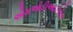
એમઓડીઆઈએસ